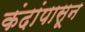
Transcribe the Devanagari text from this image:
कंदांपासून